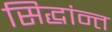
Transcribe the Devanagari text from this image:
सिद्धांन्त